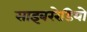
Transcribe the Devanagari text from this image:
साइबररेडियो